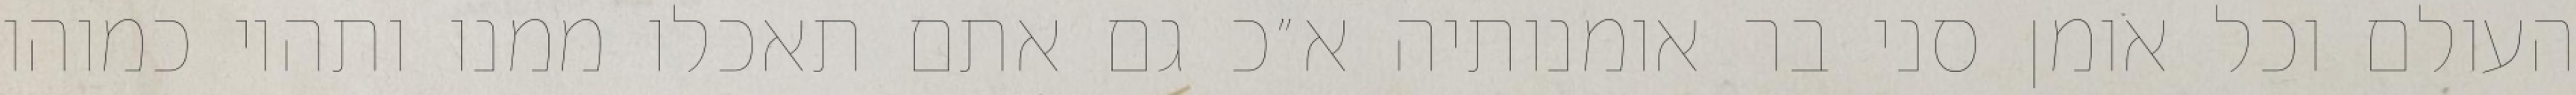
העולם וכל אומן סני בר אומנותיה א״כ גם אתם תאכלו ממנו ותהיו כמוהו